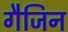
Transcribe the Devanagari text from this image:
गैजिन